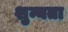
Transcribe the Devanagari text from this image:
शुन्यता